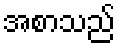
အစာသည်